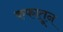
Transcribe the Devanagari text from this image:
कफातून